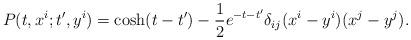
LaTeX: \begin{align*}P(t,x^i;t',y^i) =\cosh(t-t') - {1 \over 2} e^{-t-t'} \delta_{ij} (x^i-y^i)(x^j-y^j).\end{align*}